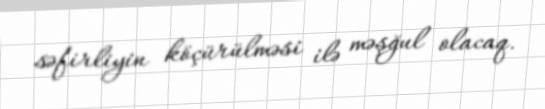
səfirliyin köçürülməsi ilə məşğul olacaq.